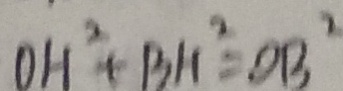
O H ^ { 2 } + B H ^ { 2 } = O B ^ { 2 }